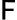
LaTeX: \mathsf{F}